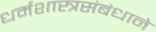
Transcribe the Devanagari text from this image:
धर्मशास्त्रसंबंधाने